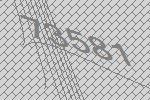
73581